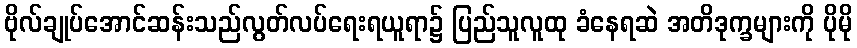
ဗိုလ်ချုပ်အောင်ဆန်းသည်လွတ်လပ်ရေးရယူရာ၌ ပြည်သူလူထု ခံနေရဆဲ အတိဒုက္ခများကို ပိုမို